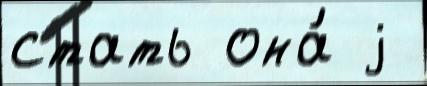
стать она́ j